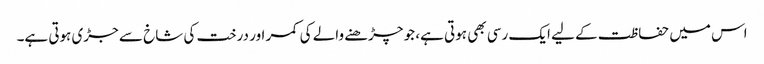
اس میں حفاظت کے لیے ایک رسی بھی ہوتی ہے، جو چڑھنے والے کی کمر اور درخت کی شاخ سے جڑی ہوتی ہے۔